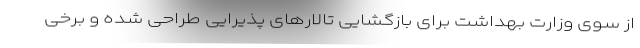
از سوی وزارت بهداشت برای بازگشایی تالارهای پذیرایی طراحی شده و برخی